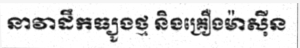
នាវាដឹកធ្យូងថ្ម និងគ្រឿងម៉ាស៊ីន